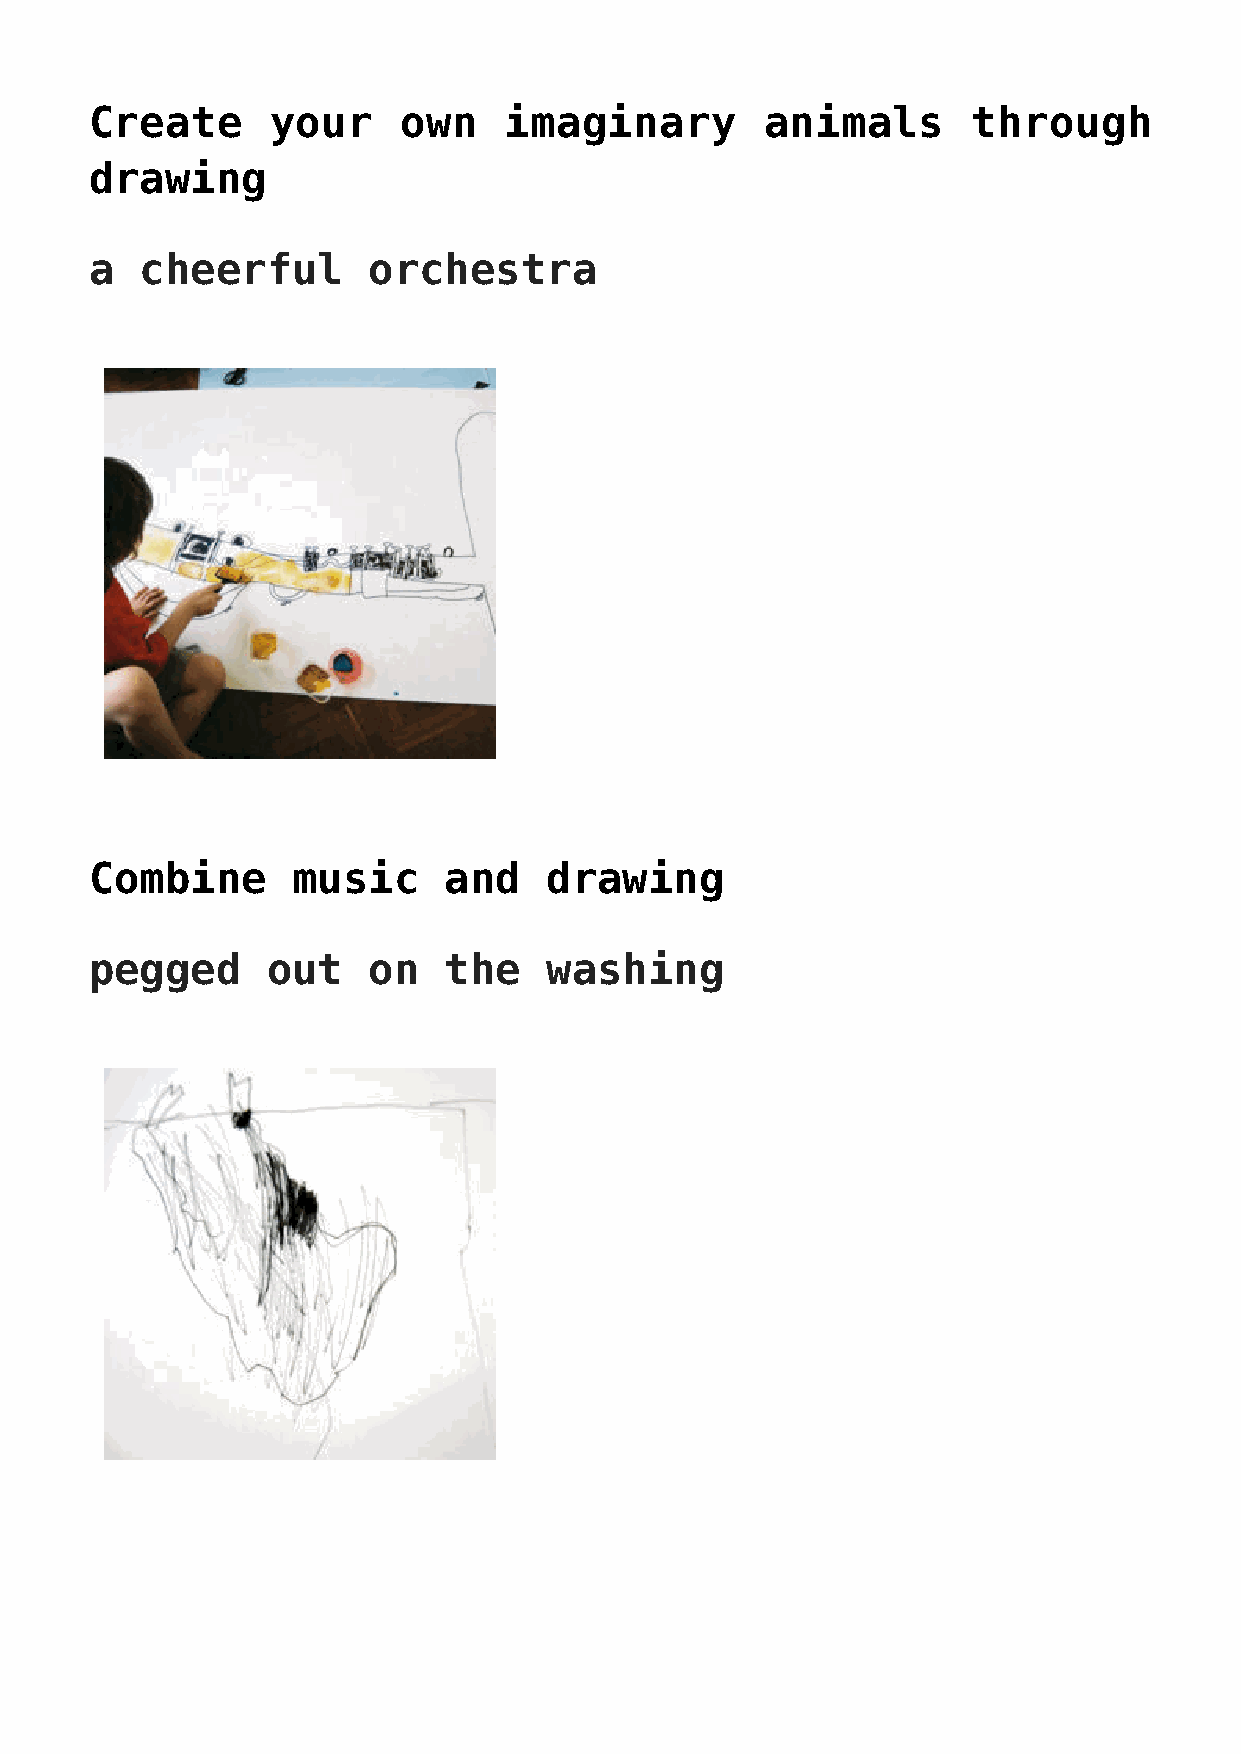
Create      your     own   imaginary         animals      through
 drawing
 a  cheerful       orchestra
 Combine      music     and    drawing
 pegged      out   on   the    washing